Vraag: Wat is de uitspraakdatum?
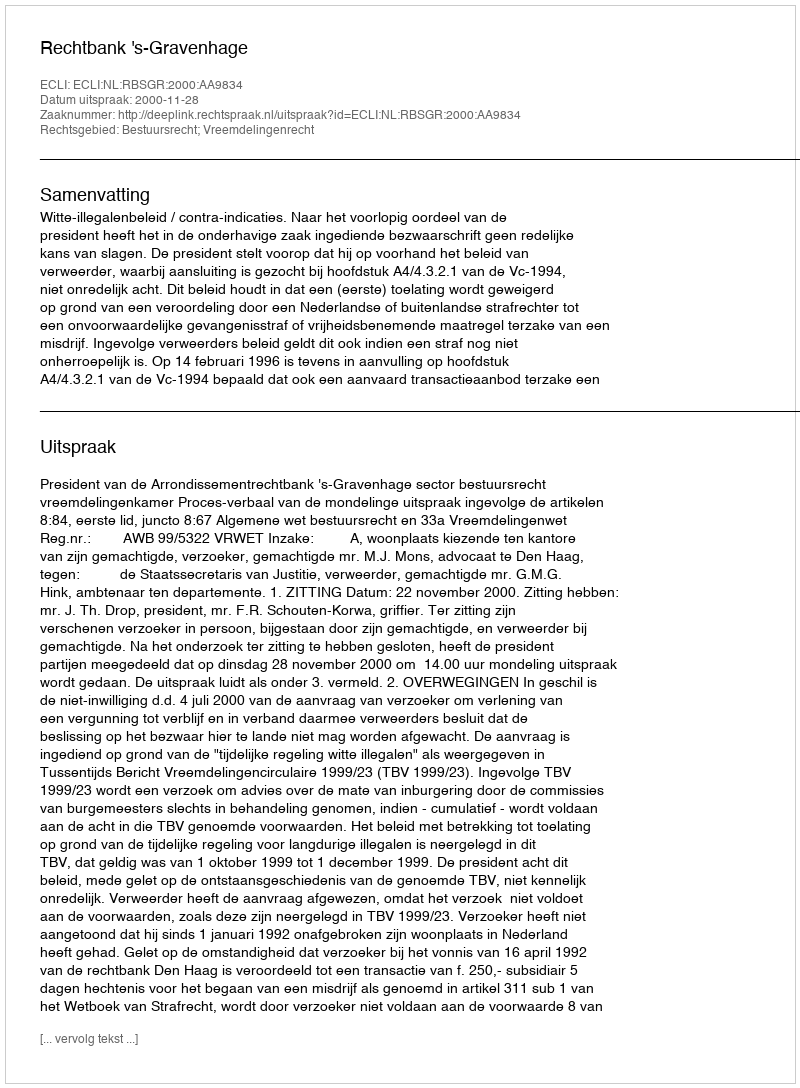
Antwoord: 2000-11-28